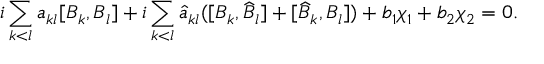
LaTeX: i \sum _ { k < l } a _ { k l } [ B _ { k } , B _ { l } ] + i \sum _ { k < l } \widehat { a } _ { k l } ( [ B _ { k } , \widehat { B } _ { l } ] + [ \widehat { B } _ { k } , B _ { l } ] ) + b _ { 1 } \chi _ { 1 } + b _ { 2 } \chi _ { 2 } = 0 .